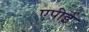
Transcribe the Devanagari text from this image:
एपीई